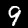
Label: 9